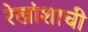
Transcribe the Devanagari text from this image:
रेखांशाची